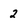
Character: 2